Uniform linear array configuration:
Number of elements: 16
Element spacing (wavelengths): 0.75
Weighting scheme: exponential
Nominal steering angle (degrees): -15
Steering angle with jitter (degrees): -13.482
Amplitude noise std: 0.05
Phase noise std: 0.05

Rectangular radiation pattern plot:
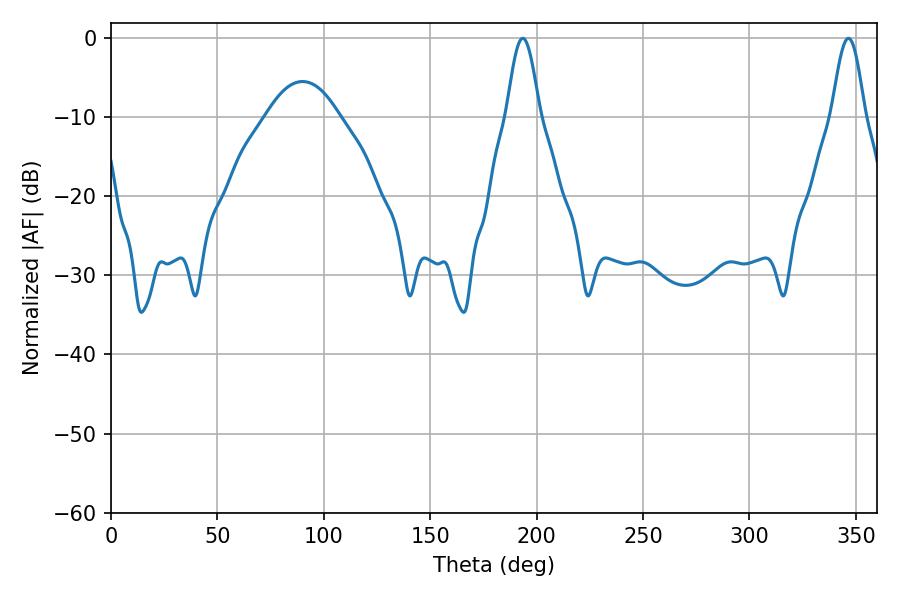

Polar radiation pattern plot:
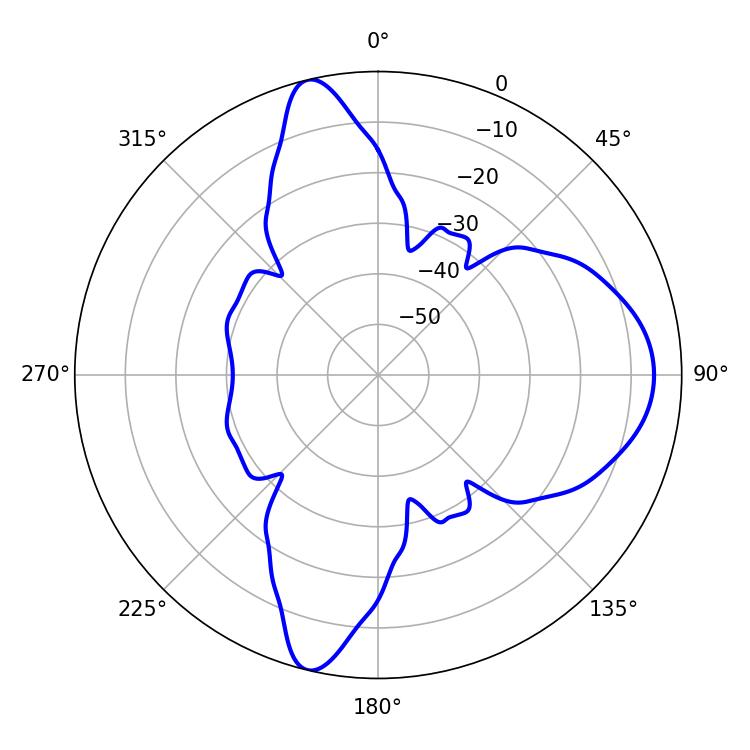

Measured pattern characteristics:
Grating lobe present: TRUE
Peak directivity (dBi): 14.183
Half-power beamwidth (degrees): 8.28
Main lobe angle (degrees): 193.5